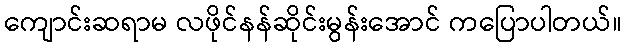
ကျောင်းဆရာမ လဖိုင်နန်ဆိုင်းမွန်းအောင် ကပြောပါတယ်။